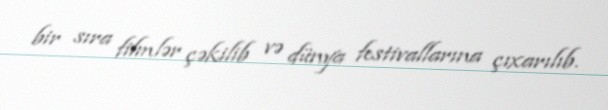
bir sıra filmlər çəkilib və dünya festivallarına çıxarılıb.